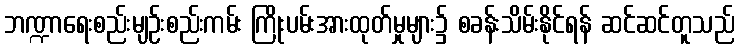
ဘဏ္ဍာရေးစည်းမျဉ်းစည်းကမ်း ကြိုးပမ်းအားထုတ်မှုများ၌ စခန်းသိမ်းနိုင်ရန် ဆင်ဆင်တူသည်